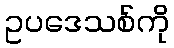
ဥပဒေသစ်ကို